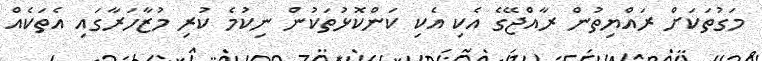
މަގުތަކަށް ރައްޔިތުން ރާއްޖޭގެ އެކި އެކި ކަންކޮޅުތަކުން ނިކުމެ ކުރި މުޒާހަރާގައި އެތަކެއް